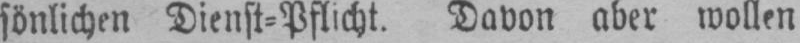
sönlichen Dienst⸗Pflicht. Davon aber wollen